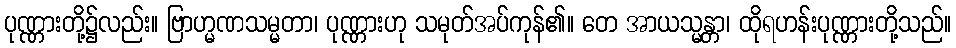
ပုဏ္ဏားတို့၌လည်း။ ဗြာဟ္မဏသမ္မတာ၊ ပုဏ္ဏားဟု သမုတ်အပ်ကုန်၏။ တေ အာယသ္မန္တာ၊ ထိုရဟန်းပုဏ္ဏားတို့သည်။